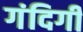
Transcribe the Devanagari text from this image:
गंदिगी